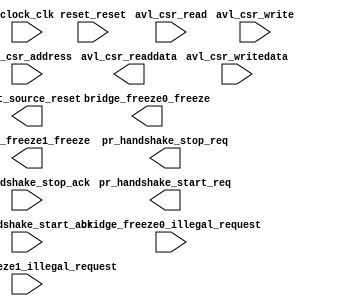
// This program was cloned from: https://github.com/stanford-ppl/spatial-lang
// License: MIT License

module ghrd_10as066n2_pr_region_controller_0 (
		input  wire        avl_csr_read,                   //        avl_csr.read
		input  wire        avl_csr_write,                  //               .write
		input  wire [1:0]  avl_csr_address,                //               .address
		input  wire [31:0] avl_csr_writedata,              //               .writedata
		output wire [31:0] avl_csr_readdata,               //               .readdata
		output wire        bridge_freeze0_freeze,          // bridge_freeze0.freeze
		input  wire        bridge_freeze0_illegal_request, //               .illegal_request
		output wire        bridge_freeze1_freeze,          // bridge_freeze1.freeze
		input  wire        bridge_freeze1_illegal_request, //               .illegal_request
		input  wire        clock_clk,                      //          clock.clk
		output wire        pr_handshake_start_req,         //   pr_handshake.start_req
		input  wire        pr_handshake_start_ack,         //               .start_ack
		output wire        pr_handshake_stop_req,          //               .stop_req
		input  wire        pr_handshake_stop_ack,          //               .stop_ack
		input  wire        reset_reset,                    //          reset.reset
		output wire        reset_source_reset              //   reset_source.reset
	);
endmodule